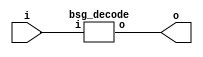


module top
(
  i,
  o
);

  input [6:0] i;
  output [127:0] o;

  bsg_decode
  wrapper
  (
    .i(i),
    .o(o)
  );


endmodule



module bsg_decode
(
  i,
  o
);

  input [6:0] i;
  output [127:0] o;
  wire [127:0] o;
  assign o = { 1'b0, 1'b0, 1'b0, 1'b0, 1'b0, 1'b0, 1'b0, 1'b0, 1'b0, 1'b0, 1'b0, 1'b0, 1'b0, 1'b0, 1'b0, 1'b0, 1'b0, 1'b0, 1'b0, 1'b0, 1'b0, 1'b0, 1'b0, 1'b0, 1'b0, 1'b0, 1'b0, 1'b0, 1'b0, 1'b0, 1'b0, 1'b0, 1'b0, 1'b0, 1'b0, 1'b0, 1'b0, 1'b0, 1'b0, 1'b0, 1'b0, 1'b0, 1'b0, 1'b0, 1'b0, 1'b0, 1'b0, 1'b0, 1'b0, 1'b0, 1'b0, 1'b0, 1'b0, 1'b0, 1'b0, 1'b0, 1'b0, 1'b0, 1'b0, 1'b0, 1'b0, 1'b0, 1'b0, 1'b0, 1'b0, 1'b0, 1'b0, 1'b0, 1'b0, 1'b0, 1'b0, 1'b0, 1'b0, 1'b0, 1'b0, 1'b0, 1'b0, 1'b0, 1'b0, 1'b0, 1'b0, 1'b0, 1'b0, 1'b0, 1'b0, 1'b0, 1'b0, 1'b0, 1'b0, 1'b0, 1'b0, 1'b0, 1'b0, 1'b0, 1'b0, 1'b0, 1'b0, 1'b0, 1'b0, 1'b0, 1'b0, 1'b0, 1'b0, 1'b0, 1'b0, 1'b0, 1'b0, 1'b0, 1'b0, 1'b0, 1'b0, 1'b0, 1'b0, 1'b0, 1'b0, 1'b0, 1'b0, 1'b0, 1'b0, 1'b0, 1'b0, 1'b0, 1'b0, 1'b0, 1'b0, 1'b0, 1'b0, 1'b1 } << i;

endmodule